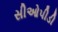
સીઓપીડી